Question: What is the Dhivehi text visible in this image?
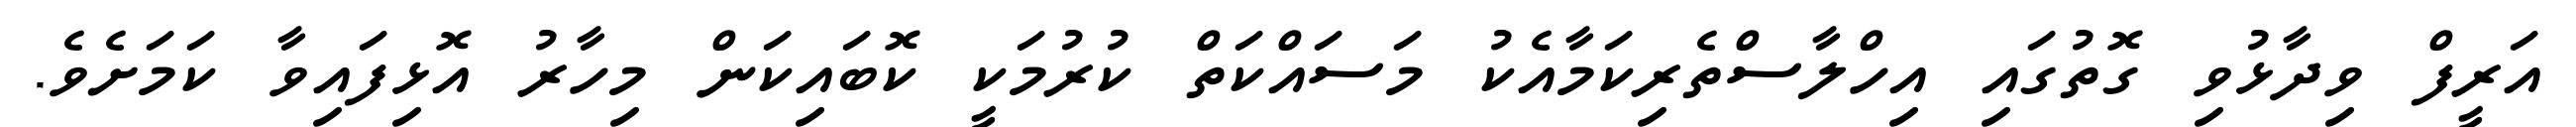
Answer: އަރީފް ވިދާޅުވި ގޮތުގައި އިހްލާސްތެރިކަމާއެކު މަސައްކަތް ކުރުމަކީ ކޮބައިކަން މިހާރު އޮޅިފައިވާ ކަމަށެވެ.